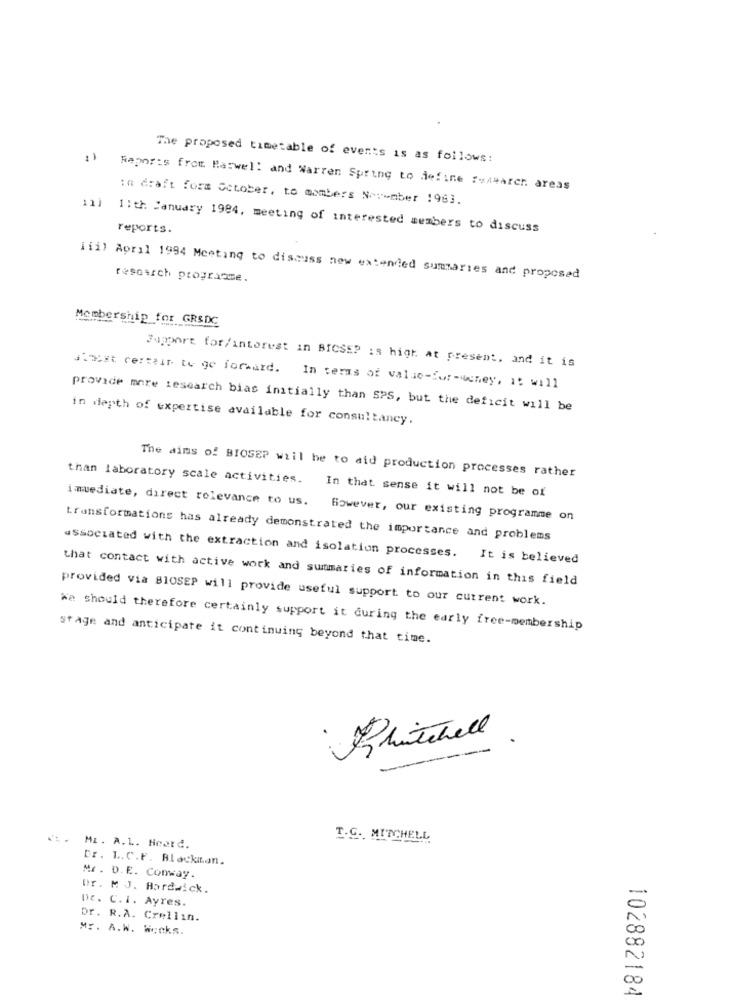
The proposed timetable of events is as follows:
Raporis from Marwell and Warren Spring to define foxearch. areas
:a draft fora October, to mombers November 1983.
11) 1:th January 1984, meeting of interested members to discuss
reports.
iii) April 1994 Meeting to discuss new extended summaries and proposed
research programme.
Membership for GRSDC
Support for/interest in BICSEP is high. at present, and it is
ainest certain to ge forward. In terms of value-Sur-deney, it will
provide more research bias initially than SPS, but the deficit will be
in depth of expertise available for consultancy.
The aims of BIOSEP will be to aid production processes rather
than laboratory scale activities. In that sense it will not be of
imvediate, direct relevance to us. However, our existing programme on
transformations has already demonstrated the importance and problems
associated with the extraction and isolation processes. It is believed
that contact with active work and summaries of information in this field
provided via BIOSEP will provide useful support to our current work.
We should therefore certainly support it during the early free-membership
stage and anticipate it continuing beyond that time.
Rutehell
T.C ., MITCHELL
MI. A.L. Heatd.
Cr. L.C.F. Blackitan.
Mr. D.E. Conway.
Dr. M .J. Hardwick.
De. C.I. Ayres.
Dr. R.A. Crellin.
M :. A.W. Wicks.
102882184